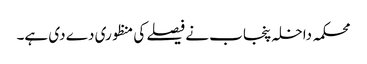
محکمہ داخلہ پنجاب نے فیصلے کی منظوری دے دی ہے۔